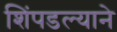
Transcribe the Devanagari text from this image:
शिंपडल्याने